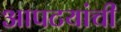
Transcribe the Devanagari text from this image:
आपटयांची